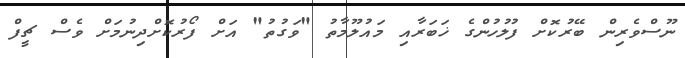
ނޫސްވެރިން ބޭރުކޮށް ފުލުހުންގެ ޚަބަރާއި މައުލޫމާތު "ވަގުތު" އަށް ފޯރުކޮށްދިނުމަށް ވެސް ޗީފް